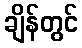
ချိန်တွင်